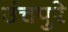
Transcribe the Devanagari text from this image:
उंचपुरे